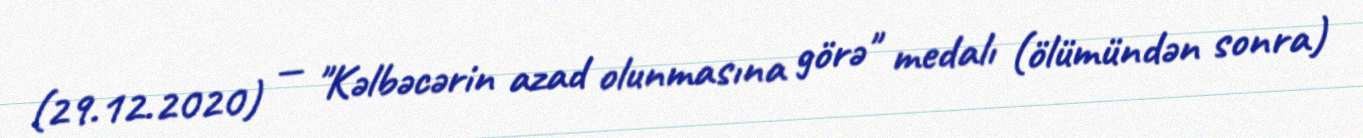
(29.12.2020) — "Kəlbəcərin azad olunmasına görə" medalı (ölümündən sonra)